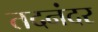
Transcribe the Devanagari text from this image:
तदनंदर